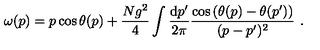
\omega ( p ) = p \cos \theta ( p ) + \frac { N g ^ { 2 } } { 4 } \int \frac { \mathrm { d } p ^ { \prime } } { 2 \pi } \frac { \cos \left( \theta ( p ) - \theta ( p ^ { \prime } ) \right) } { ( p - p ^ { \prime } ) ^ { 2 } } \ .